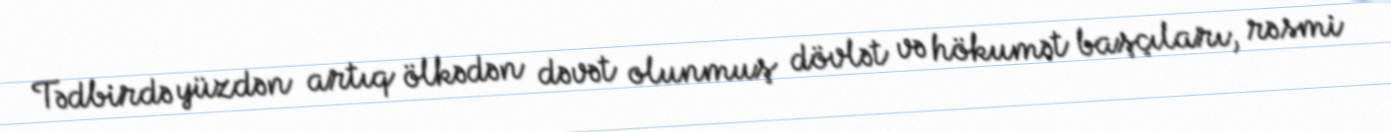
Tədbirdə yüzdən artıq ölkədən dəvət olunmuş dövlət və hökumət başçıları, rəsmi